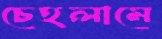
চেহলামে